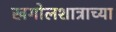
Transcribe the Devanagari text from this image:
खगोलशात्राच्या